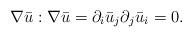
LaTeX: \begin{align*}\nabla \bar{u}:\nabla \bar{u}=\partial_i \bar{u}_j \partial_j \bar{u}_i=0.\end{align*}